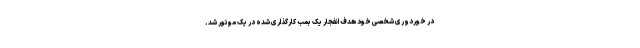
در خوردوری شخصی خود هدف انفجار یک بمب کارگذاری شده در یک موتور شد.